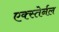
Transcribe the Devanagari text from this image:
एक्स्तेर्नल